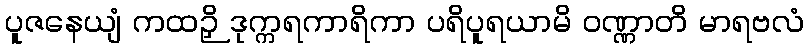
ပူဇနေယျံ ကထဉှိ ဒုက္ကရကာရိကာ ပရိပူရယာမိ ဝဏ္ဏာတိ မာရဗလံ